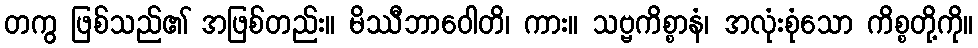
တကွ ဖြစ်သည်၏ အဖြစ်တည်း။ မိဿီဘာဝေါတိ၊ ကား။ သဗ္ဗကိစ္စာနံ၊ အလုံးစုံသော ကိစ္စတို့ကို။